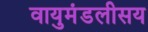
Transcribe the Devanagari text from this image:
वायुमंडलीसय